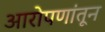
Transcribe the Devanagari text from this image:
आरोपणांतून